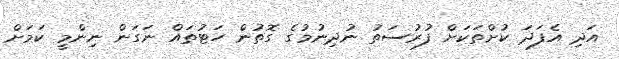
އަދި އެފަދަ ކުށްތަކަށް ފުރުސަތު ނުދިނުމުގެ ގޮތުން ހަޓުތައް ނަގަން ނިންމީ ކަމަށް